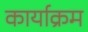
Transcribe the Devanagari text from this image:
कार्याक्रम